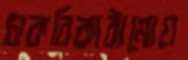
চাকরিকাঠামোয়